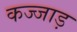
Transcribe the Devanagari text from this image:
कज्जाड़